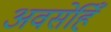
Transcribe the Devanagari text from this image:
अवसेहिँ